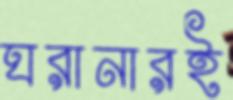
ঘরানারই